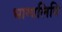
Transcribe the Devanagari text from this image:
भाग्यलिपि